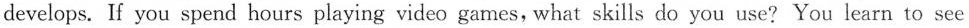
develops. If you spend hours playing video games, what skills do you use? You learn to see